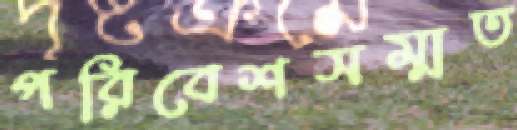
পরিবেশসম্মত